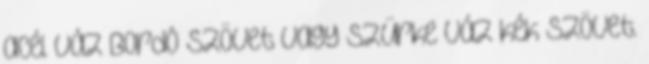
acél váz Bordó szövet vagy szürke váz kék szövet.